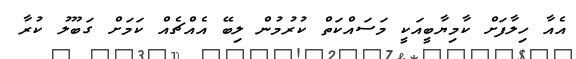
އެއާ ހިލާފަށް ކާމިޔާބީއަކީ މަސައްކަތް ކުރުމުން ލިބޭ އެއްޗެއް ކަމަށް ގަބޫލު ކުރާ